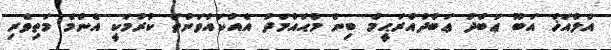
އަލްއަޚް އަބޫ ޢަބްދު ޢަބްދުއްރަޙީމް ބިން މުޙައްމަދު އެއްކައުވަންތަ ކުރުމަކީ އެންމެ މަތިވެރި